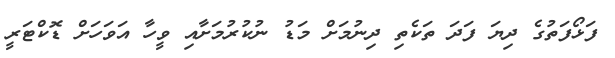
ފަޅޯފަތުގެ ދިޔަ ފަދަ ތަކެތި ދިނުމަށް މަޑު ނުކުރުމަށާއި ވީހާ އަވަހަށް ޑޮކްޓަރީ